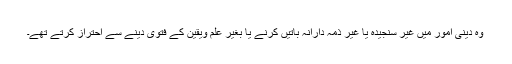
وہ دینی امور میں غیر سنجیدہ یا غیر ذمہ دارانہ باتیں کرنے یا بغیر علم ویقین کے فتویٰ دینے سے احتراز کرتے تھے۔